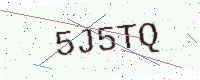
Text: 5J5TQ